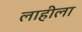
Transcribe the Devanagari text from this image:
लाहीला